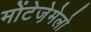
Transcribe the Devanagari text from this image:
मोंटेजे़मेलो